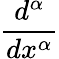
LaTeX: {\frac{d^{\alpha}}{dx^{\alpha}}}